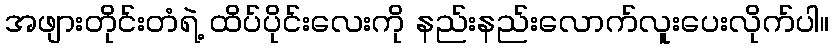
အဖျားတိုင်းတံရဲ့ ထိပ်ပိုင်းလေးကို နည်းနည်းလောက်လူးပေးလိုက်ပါ။